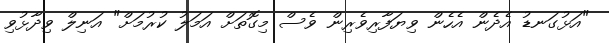
"އަޅުގަނޑު އެެދެން އެހެން ވިޔަފާރިވެރިން ވެސް މިގޮތަށް އަމަލު ކުރުމަށް" އަނިލް ވިދާޅުވި